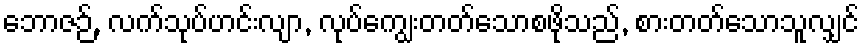
ဘောဇဉ်, လက်သုပ်ဟင်းလျာ, လုပ်ကျွေးတတ်သောစဖိုသည်, စားတတ်သောသူလျှင်